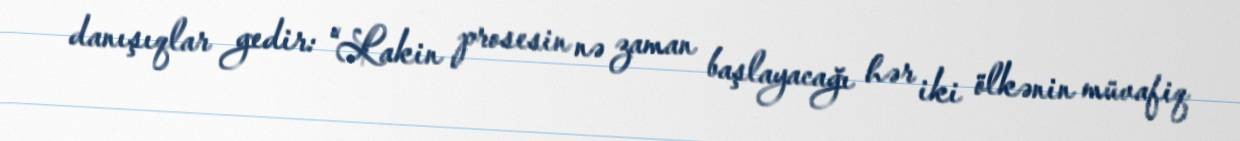
danışıqlar gedir: “Lakin prosesin nə zaman başlayacağı hər iki ölkənin müvafiq